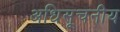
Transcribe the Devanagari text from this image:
अधिसूचनीय